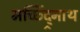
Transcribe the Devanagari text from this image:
मच्छिंद्र्नाथ